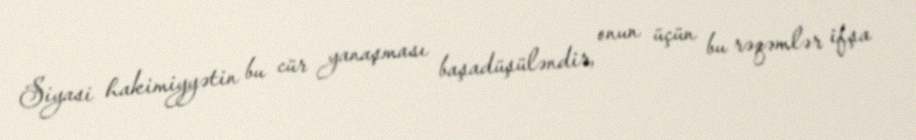
Siyasi hakimiyyətin bu cür yanaşması başadüşüləndir, onun üçün bu rəqəmlər ifşa